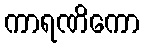
ကာရဏိကော